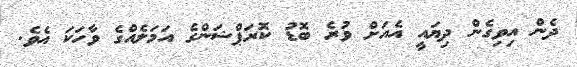
ދެން އިވިގެން ދިޔައީ އެއަށް ވުރެ ބޮޑު ކޮރަޕްޝަންގެ އަމަލެއްގެ ވާހަކަ އެވެ.